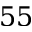
5 5